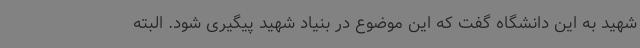
شهید به این دانشگاه گفت که این موضوع در بنیاد شهید پیگیری شود. البته